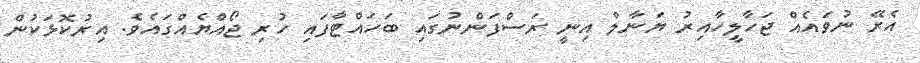
އެރޭ ނުވައެއް ޖަހާލީހާއިރު ޔަނާލް އިނީ ރަސްފަންނުގައި ބަހައްޓާފައި ހުރި ޖޯއްޔެއްގައެވެ. އިރުކޮޅަކުން